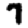
Digit: 7